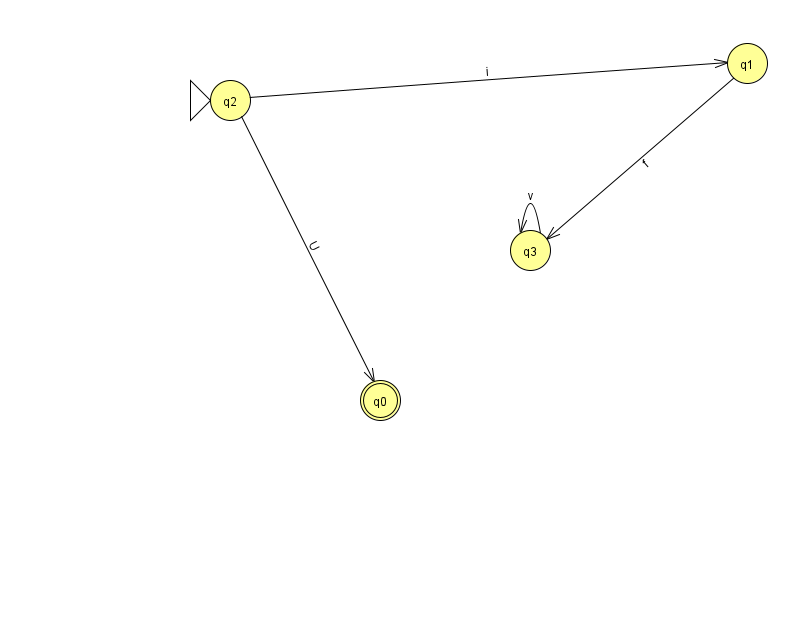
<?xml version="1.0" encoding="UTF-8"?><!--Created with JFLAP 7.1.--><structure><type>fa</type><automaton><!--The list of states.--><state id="0" name="q0"><x>380.0</x><y>387.0</y><final/></state><state id="1" name="q1"><x>747.0</x><y>50.0</y></state><state id="2" name="q2"><x>230.0</x><y>87.0</y><initial/></state><state id="3" name="q3"><x>530.0</x><y>237.0</y></state><!--The list of transitions.--><transition><from>1</from><to>3</to><read>f</read></transition><transition><from>3</from><to>3</to><read>v</read></transition><transition><from>2</from><to>1</to><read>i</read></transition><transition><from>2</from><to>0</to><read>U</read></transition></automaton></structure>